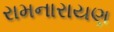
રામનારાયણ